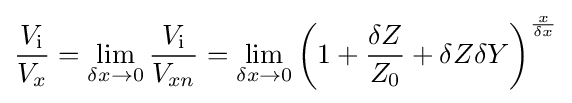
{\frac {V_{\mathrm {i} }}{V_{x}}}=\lim _{\delta x\to 0}{\frac {V_{\mathrm {i} }}{V_{xn}}}=\lim _{\delta x\to 0}\left(1+{\frac {\delta Z}{Z_{0}}}+\delta Z\delta Y\right)^{\frac {x}{\delta x}}